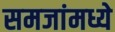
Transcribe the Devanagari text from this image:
समजांमध्ये